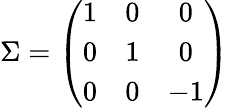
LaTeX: {\Sigma}=\left({\begin{array}{ccc}{1}&{0}&{0}\\ {0}&{1}&{0}\\ {0}&{0}&{-1}\end{array}}\right)